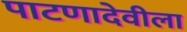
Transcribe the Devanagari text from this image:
पाटणादेवीला